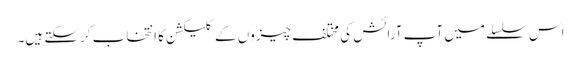
اس سلسلے میں آپ آرائش کی مختلف چیزوں کے کلیکشن کا انتخاب کرسکتے ہیں۔